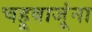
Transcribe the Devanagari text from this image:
चहूबाजूंना